Civil Veterinary Department Bihar & Orissa reports 1929-36 - 1929-1936
Year: 1929
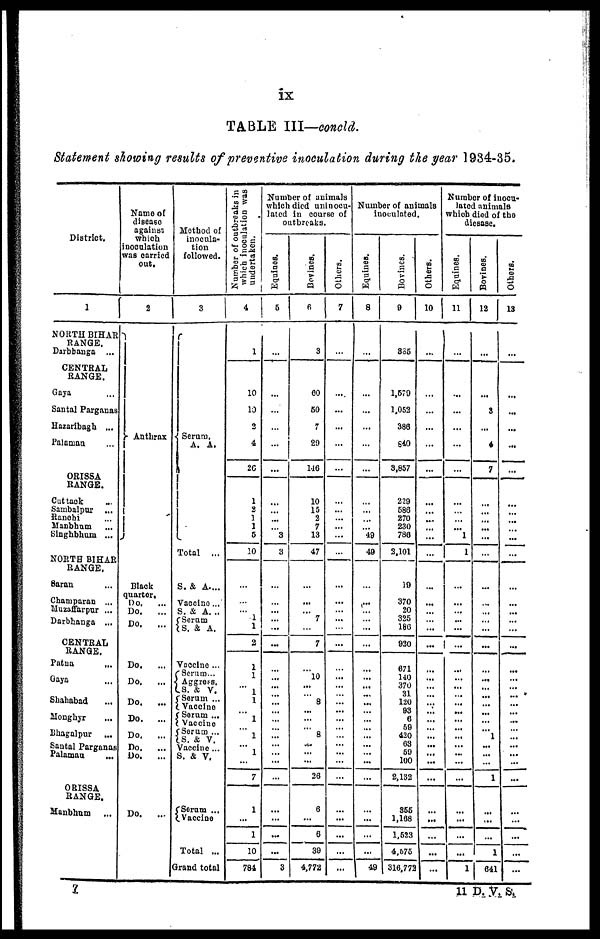
ix
TABLE III—concld.
Statement showing results of preventive inoculation during the year 1934-35.
District.
1
NORTH BIHAR
RANGE.
Darbhanga ...
CENTRAL
RANGE.
Gaya ...
Santal Parganas
Hazaribagh ...
Palaman ...
ORISSA
RANGE.
Cuttack ...
Sambalpur ...
Ranchi ...
Manbhum ...
Singhbhum ...
NORTH BIHAR
RANGE.
Saran ...
Champaran ...
Muzaffarpur ...
Darbhanga ...
CENTRAL
RANGE.
Patna ...
Gaya ...
Shahabad ...
Monghyr
Bhagalpur ...
Santal Parganas
Palamau ...
ORISSA
RANGE.
Manbhum
...
Name of
disease
against
which
inoculation
was carried
out.
2
Anthrax
Black
quarter.
Do. ...
Do.
...
Do. ...
Do.
...
Do.
...
Do.
...
Do.
...
Do.
...
Do.
...
Do.
...
Do.
...
Method of
inocula-
tion
followed.
3
Serum.
A. A.
Total ...
S. & A. ...
Vaccine ...
S. & A. ..
Serum
S. & A.
Vaccine ...
Serum...
Aggress.
S. & V.
Serum ...
Vaccine
Serum ...
Vaccine
Serum ...
S. & V.
Vaccine ...
S. & V.
Serum ...
Vaccine
Total ...
Grand total
Number of outbreaks in
which inoculation was
undertaken.
4
1
10
10
2
4
26
1
2
1
1
5
10
...
...
... 1
1
2
1
1
... 1
1
... 1
1
...
...
7
1
...
1
10
784
Number of animals
which died uninocu-
lated in course of
outbreaks.
Equines.
5
...
...
...
...
...
...
...
...
...
... 3
3
...
...
...
...
...
...
...
...
...
...
...
...
...
...
...
... ...
...
3
Bovines.
6
3
60
50
7
29
146
10
15
2
7
13
47
...
...
... 7
...
7
...
10
... 8
...
8
...
...
26
6
...
6
39
4.772
Others.
7
...
....
...
...
...
...
...
...
...
...
...
...
-
...
...
...
...
... ...
...
...
... ...
...
...
...
...
...
...
... ...
...
...
Number of animals
inoculated.
Equines.
8
...
...
...
...
...
...
...
...
...
... 49
49
...
...
...
...
...
...
...
...
... ...
...
...
...
...
...
...
...
...
...
49
Bovines.
9
335
1,579
1,052
386
640
3,857
229
586
270
230
788
3,101
19
370
20
325
186
920
671
140
370
31
120
93
6
59
420
...
100
2,132
355
1,168
1,523
4,675
316,772
Others.
10
...
...
...
...
...
...
...
...
... ...
...
...
...
...
...
...
...
...
...
...
... ...
...
...
...
...
...
...
... ...
...
-
Number of inocu-
lated animals
which died of the
diesase.
Equines.
11
...
...
...
...
...
...
...
... ...
... 1
1
...
...
... ...
...
...
...
...
... ...
...
...
... ...
...
...
... ...
...
1
Bovines.
12
...
...
3
...
4
7
...
... ...
...
...
...
...
...
...
...
...
...
...
...
...
...
1
...
...
1
...
... ...
1
641
Others.
13
...
...
...
...
...
...
...
...
...
...
...
...
...
...
...
...
...
...
...
...
...
...
...
...
...
...
...
... ...
...
...
7
11 D. V. S.